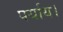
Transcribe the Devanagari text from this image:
पर्याय।